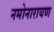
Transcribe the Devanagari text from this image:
नमोनारायण